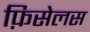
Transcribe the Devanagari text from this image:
फ़िसेलस